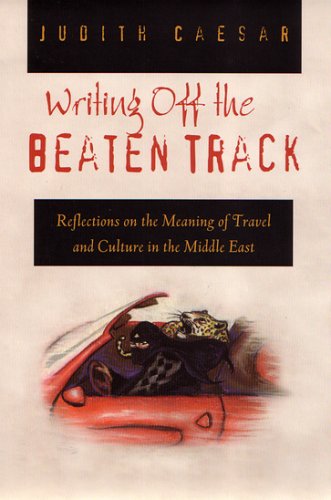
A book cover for Writing Off the Beaten Track: Reflections on the Meaning of Travel and Culture in the Middle East (Contemporary Issues in the Middle East); Judith Caesar; History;